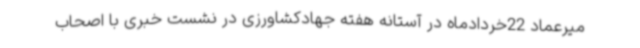
میرعماد 22خردادماه در آستانه هفته جهادکشاورزی در نشست خبری با اصحاب